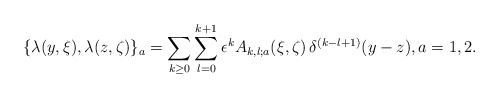
\begin{align*}\{\lambda (y,\xi) ,\lambda(z,\zeta)\}_a = \sum_{k \geq 0} \sum_{l=0}^{k+1} \epsilon ^k A_{k,l;a}(\xi,\zeta)\,\delta^{(k-l+1)}(y-z),a=1,2.\end{align*}